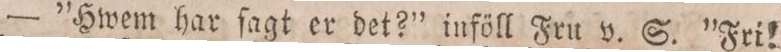
— ”Hwem har ſagt er det?” inföll Fru v. S. ”Fri!